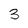
Character: 3